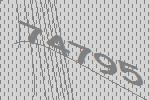
74795